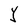
Character: Y